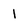
Character: 1